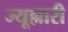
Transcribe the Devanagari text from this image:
ज्यूल्लारी